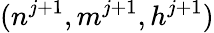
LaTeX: (n^{j+1},m^{j+1},h^{j+1})